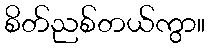
စိတ်ညစ်တယ်ကွာ။